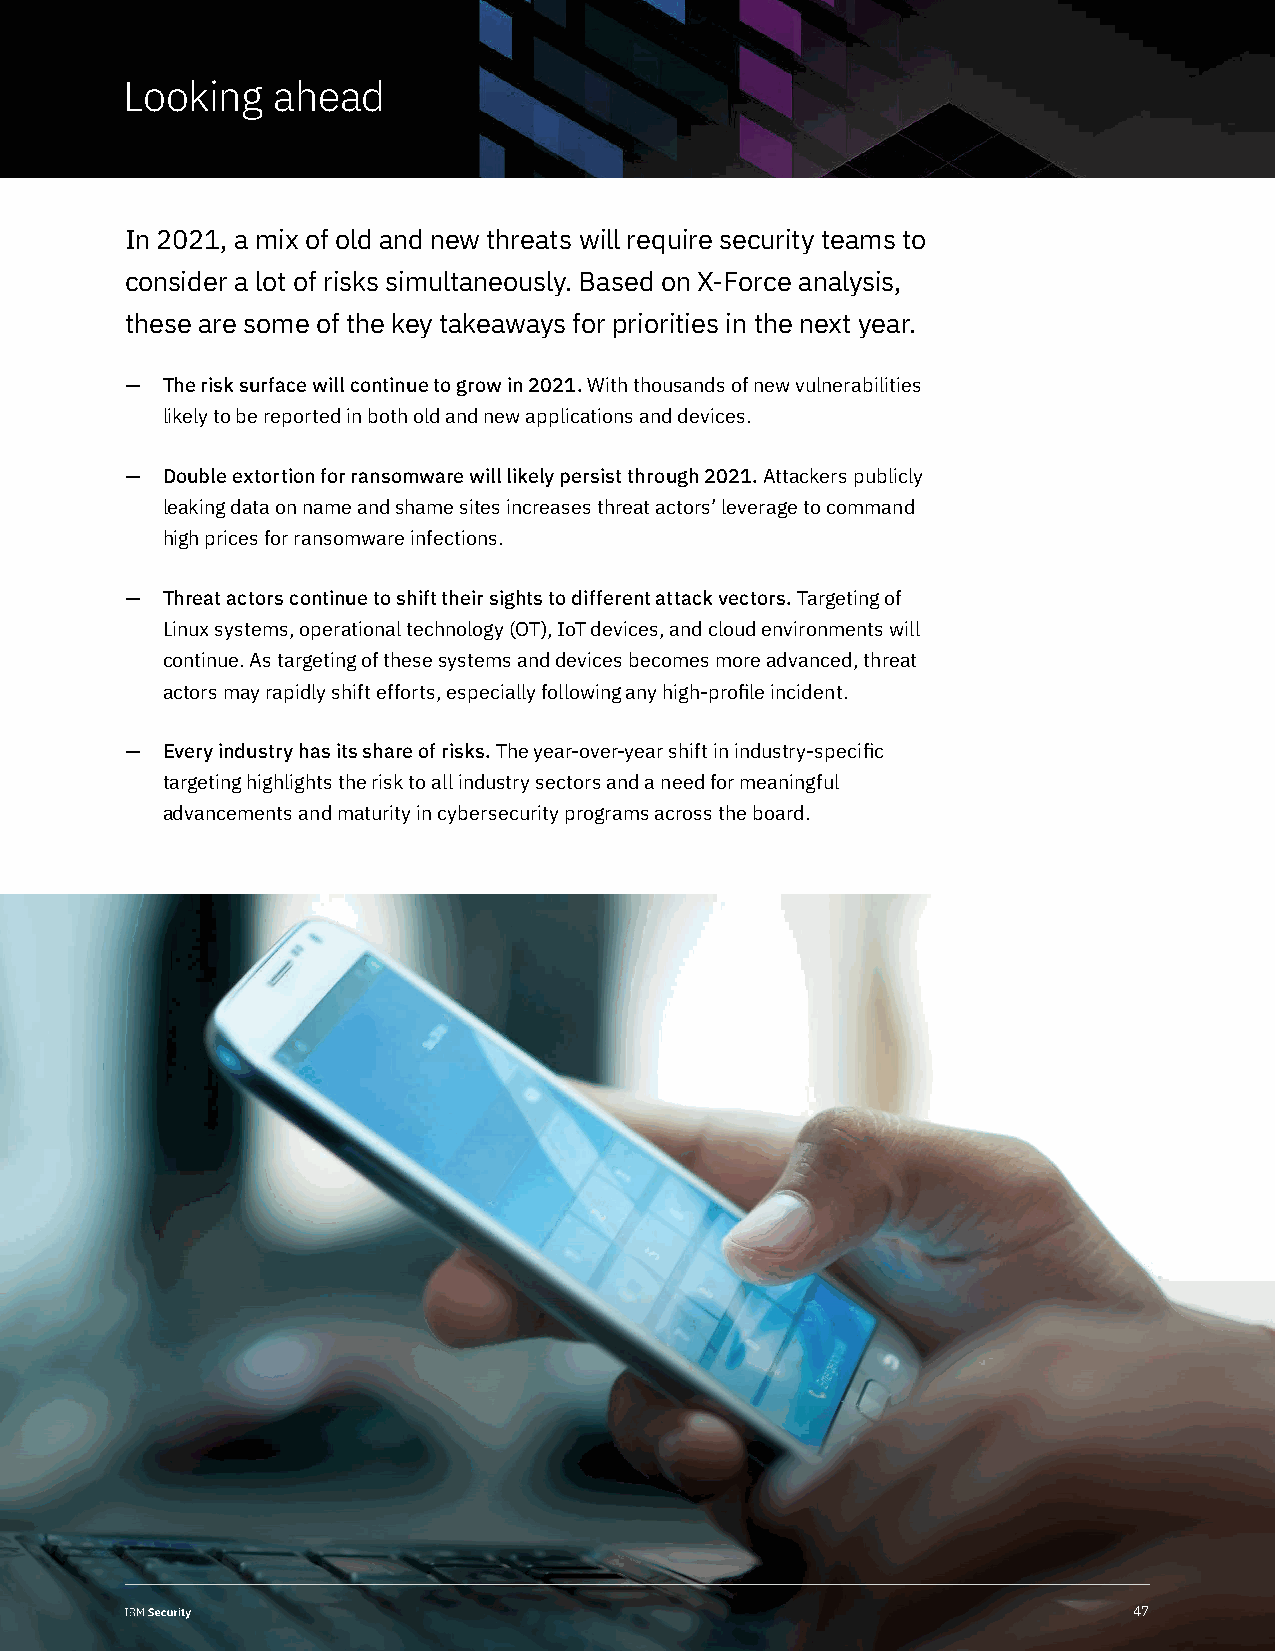
Looking   ahead
 In 2021, a mix of old and new threats will require security teams to
 consider a lot of risks simultaneously. Based on X-Force analysis,
 these are some of the key takeaways for priorities in the next year.
 —  The risk surface will continue to grow in 2021. With thousands of new vulnerabilities
 likely to be reported in both old and new applications and devices.
 —  Double extortion for ransomware will likely persist through 2021. Attackers publicly
 leaking data on name and shame sites increases threat actors’ leverage to command
 high prices for ransomware infections.
 —  Threat actors continue to shift their sights to different attack vectors. Targeting of
 Linux systems, operational technology (OT), IoT devices, and cloud environments will
 continue. As targeting of these systems and devices becomes more advanced, threat
 actors may rapidly shift efforts, especially following any high-profile incident.
 —  Every industry has its share of risks. The year-over-year shift in industry-specific
 targeting highlights the risk to all industry sectors and a need for meaningful
 advancements and maturity in cybersecurity programs across the board.
 4477